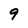
Character: 9